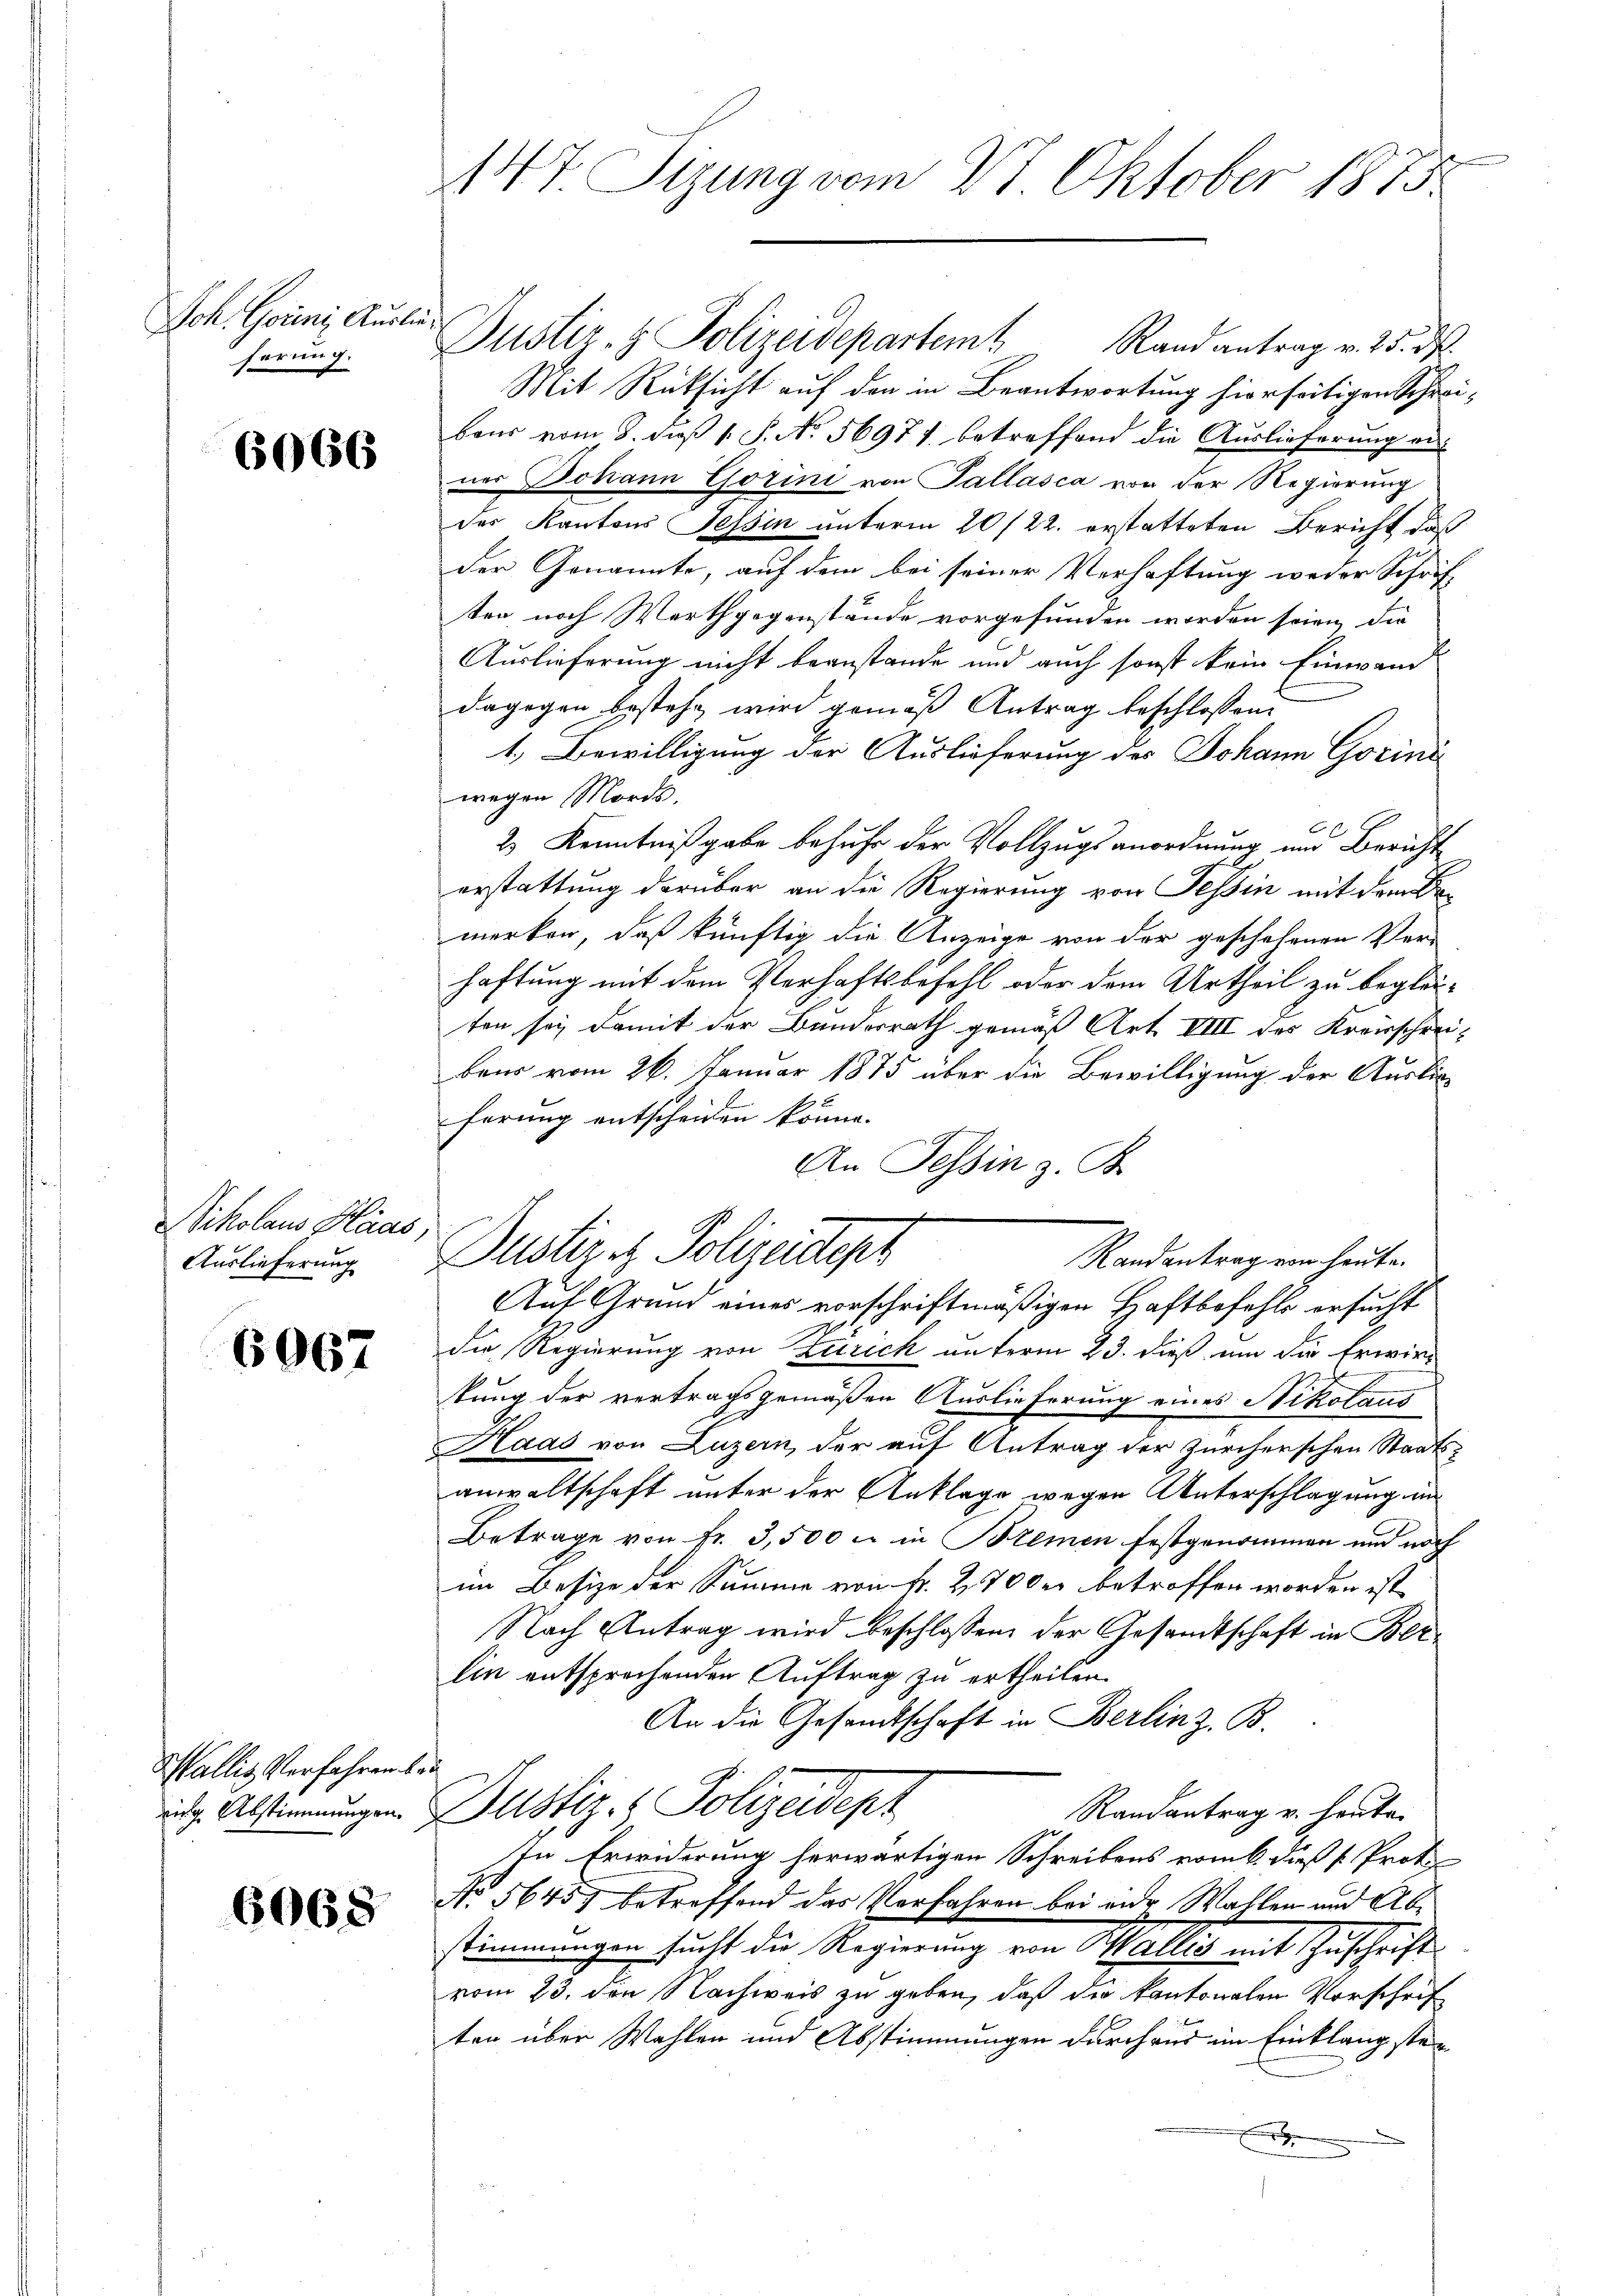
Joh. Goueni Auslieferung.

6066

Nikolaus Haas,
Auslieferung

6067

Wallis Verfahren benig Abstimmungen.

6068

147 Sizung vom 27 Oktober 1875

Justiz- & Polizeidepartem Randantrag v. 25. ds.
Mit Rücksicht auf den in Beantwortung hierseitigen Schreibaus vom 8. daβ 1. P. No. 56971 betreffend die Auslieferung au
ner Johann Görini von Pallasca von der Regierung
des Kantons Tessin unterm 20/22. erstatteten Bericht daß
der Genannte, auf dem bei seiner Verhaftung weder Schrift
ten noch Werthgegenstände vorgefunden worden seien, die
Auslieferung nicht beanstande und auch sonst kein Einwand
dagegen bestehe wird gemäß Antrag beschlossen:
1. Bewilligung der Auslieferung des Johann Gorini
wegen Morde.
t
2 Kenntnißgabe behufe der Vollzugsanordnung und Bericht
erstattung darüber an die Regierung von Tessin mit dem Bamerken, daß künftig die Anzeige von der geschehenen Ver-
haftung mit dem Verhaftsbefehl oder dem Urtheil zu begleiten sei damit der Bundesrath gemäß Art VIII des Kreisschreibens vom 26. Januar 1875 über die Bewilligung der Auslän-
ferung entscheiden könne.
An Tessin z. B.
Dustiz & Polizeisters
Randantrag von heute.
Auf Grund eines vorschriftmäßigen Haftbefehls ersucht
die Regierung von Zürich unterm 23. dieß um die Erwiekung der vertragsgemäßen Auslieferung eines Nikolaus
Haas von Luzern, der auf Antrag der Zürcherschen Staatsanwaltschaft unter der Anklage wegen Unterschlagung in
Betrage von fr. 3,500 x in Bremen festgenommen und noch
im Besize der Summe von Fr. 270 der betroffen worden ist
Nach Antrag wird beschlossen, der Gesandtschaft in Berlin entsprochenden Auftrag zu ertheilen.
An die Gesandtschaft in Berlin z. B.
Justiz- & Polizeidepz
Randantrag v. heute.
In Erwiderung herwärtigen Schreibens vom 6. dieß Proto¬
No 56457 betreffend das Verfahren bei ende Wahlen und Abstimmungen sucht die Regierung von Wallis mit Zuschrifte
vom 23. den Nachweis zu geben, daß die kantonalen Vorschrif
ten über Wahlen und Abstimmungen durchaus im Einklang ste¬